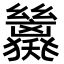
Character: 𢇖